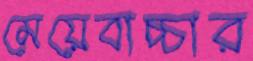
মেয়েবাচ্চার